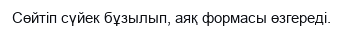
Сөйтіп сүйек бұзылып, аяқ формасы өзгереді.